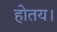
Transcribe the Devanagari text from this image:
होतय।